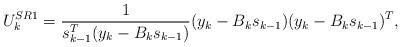
LaTeX: \begin{align*}U_k^{SR1} = \frac1{s_{k-1}^T (y_k-B_ks_{k-1})}(y_k-B_ks_{k-1})(y_k-B_ks_{k-1})^T,\end{align*}